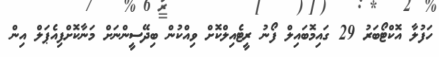
ހަފުލާ އޮކްޓޯބަރު 29 ގައިމޮބައިލް ފޯނު ރީޓެއިލްކޮށް ވިއްކުން ބިދޭސީންނަށް މަނާކޮށްފިއެޕަލް އިން